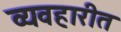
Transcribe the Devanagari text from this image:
व्यवहारीत